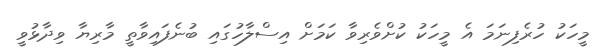
މީހަކު ހުރެފިނަމަ އެ މީހަކު ކުށްވެރިވާ ކަމަށް އިސްލާހުގައި ބުނެފައިވާތީ މާރިޔާ ވިދާޅުވީ